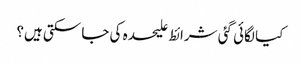
کیا لگائی گئی شرائط علیحدہ کی جا سکتی ہیں؟